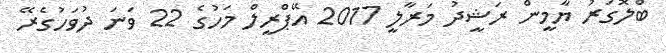
ބްލޮގަރު ޔާމީން ރަޝީދު މަރާލީ 2017 އޭޕްރީލް މަހުގެ 22 ވަނަ ދުވަހުގެރޭ